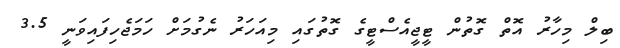
ބިލް މިހާރު އޮތް ގޮތުން ޓީޖީއެސްޓީގެ ގޮތުގައި މިއަހަރު ނެގުމަށް ހަމަޖެހިފައިވަނީ 3.5